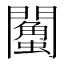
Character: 𨷌